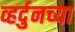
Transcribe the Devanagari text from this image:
व्हर्दुनच्या